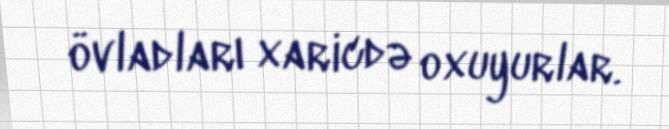
övladları xaricdə oxuyurlar.